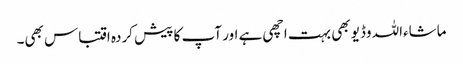
ماشاءاللہ وڈیو بھی بہت اچھی ہے اور آپ کا پیش کردہ اقتباس بھی۔